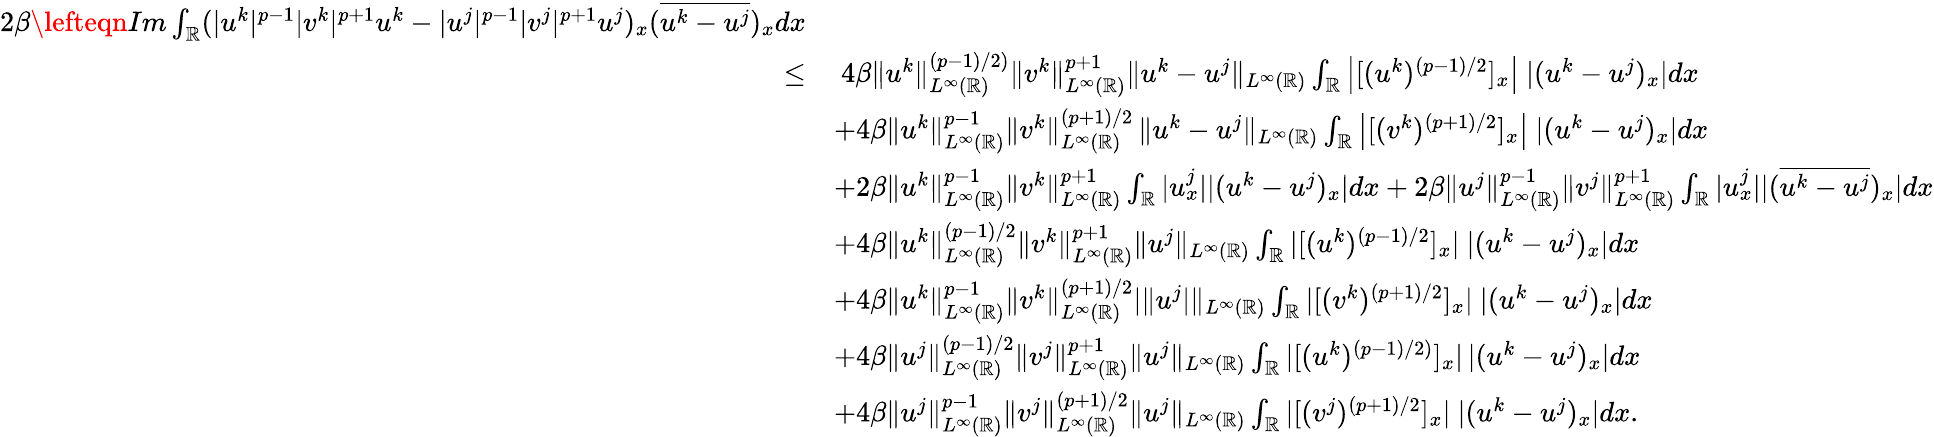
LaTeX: \begin{array}{rl}{2\beta\lefteqn{Im\int_{\mathbb{R}}(|u^{k}|^{p-1}|v^{k}|^{p+1}u^{k}-|u^{j}|^{p-1}|v^{j}|^{p+1}u^{j})_{x}(\overline{{u^{k}-u^{j}}})_{x}dx}}\\ {\leq}&{\ 4\beta\| u^{k}\| _{L^{\infty}(\mathbb{R})}^{(p-1)/2)}\| v^{k}\| _{L^{\infty}(\mathbb{R})}^{p+1}\| u^{k}-u^{j}\| _{L^{\infty}(\mathbb{R})}\int_{\mathbb{R}}\left|[(u^{k})^{(p-1)/2}]_{x}\right|\ |(u^{k}-u^{j})_{x}|dx}\\ &{+4\beta\| u^{k}\| _{L^{\infty}(\mathbb{R})}^{p-1}\| v^{k}\| _{L^{\infty}(\mathbb{R})}^{(p+1)/2}\, \| u^{k}-u^{j}\| _{L^{\infty}(\mathbb{R})}\int_{\mathbb{R}}\left|[(v^{k})^{(p+1)/2}]_{x}\right|\ |(u^{k}-u^{j})_{x}|dx}\\ &{+2\beta\| u^{k}\| _{L^{\infty}(\mathbb{R})}^{p-1}\| v^{k}\| _{L^{\infty}(\mathbb{R})}^{p+1}\int_{\mathbb{R}}|u_{x}^{j}||(u^{k}-u^{j})_{x}|dx+2\beta\| u^{j}\| _{L^{\infty}(\mathbb{R})}^{p-1}\| v^{j}\| _{L^{\infty}(\mathbb{R})}^{p+1}\int_{\mathbb{R}}|u_{x}^{j}||(\overline{{u^{k}-u^{j}}})_{x}|dx}\\ &{+4\beta\| u^{k}\| _{L^{\infty}(\mathbb{R})}^{(p-1)/2}\| v^{k}\| _{L^{\infty}(\mathbb{R})}^{p+1}\| u^{j}\| _{L^{\infty}(\mathbb{R})}\int_{\mathbb{R}}|[(u^{k})^{(p-1)/2}]_{x}|\ |(u^{k}-u^{j})_{x}|dx}\\ &{+4\beta\| u^{k}\| _{L^{\infty}(\mathbb{R})}^{p-1}\| v^{k}\| _{L^{\infty}(\mathbb{R})}^{(p+1)/2}|\| u^{j}|\| _{L^{\infty}(\mathbb{R})}\int_{\mathbb{R}}|[(v^{k})^{(p+1)/2}]_{x}|\ |(u^{k}-u^{j})_{x}|dx}\\ &{+4\beta\| u^{j}\| _{L^{\infty}(\mathbb{R})}^{(p-1)/2}\| v^{j}\| _{L^{\infty}(\mathbb{R})}^{p+1}\| u^{j}\| _{L^{\infty}(\mathbb{R})}\int_{\mathbb{R}}|[(u^{k})^{(p-1)/2)}]_{x}|\, |(u^{k}-u^{j})_{x}|dx}\\ &{+4\beta\| u^{j}\| _{L^{\infty}(\mathbb{R})}^{p-1}\| v^{j}\| _{L^{\infty}(\mathbb{R})}^{(p+1)/2}\| u^{j}\| _{L^{\infty}(\mathbb{R})}\int_{\mathbb{R}}|[(v^{j})^{(p+1)/2}]_{x}|\ |(u^{k}-u^{j})_{x}|dx.}\end{array}